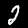
Digit: 2